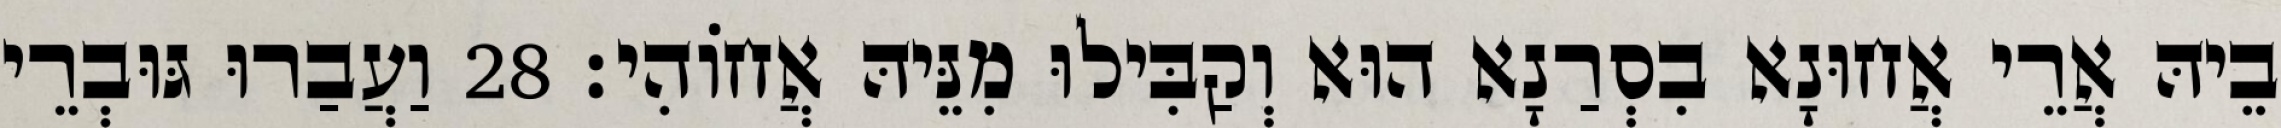
בֵיהּ אֲרֵי אֲחוּנָא בִסְרַנָא הוּא וְקַבִּילוּ מִנֵּיהּ אֲחוֹהִי׃ 28 וַעֲבַרוּ גּוּבְרֵי